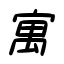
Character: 寓